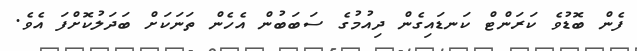
ފެން ބޮޑުވެ ކަރަންޓް ކަނޑައިގެން ދިއުމުގެ ސަބަބުން އެހެން ތަނަކަށް ބަދަލުކޮށްފަ އެވެ.